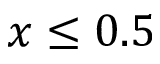
x \leq 0 . 5